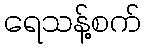
ရေသန့်စက်